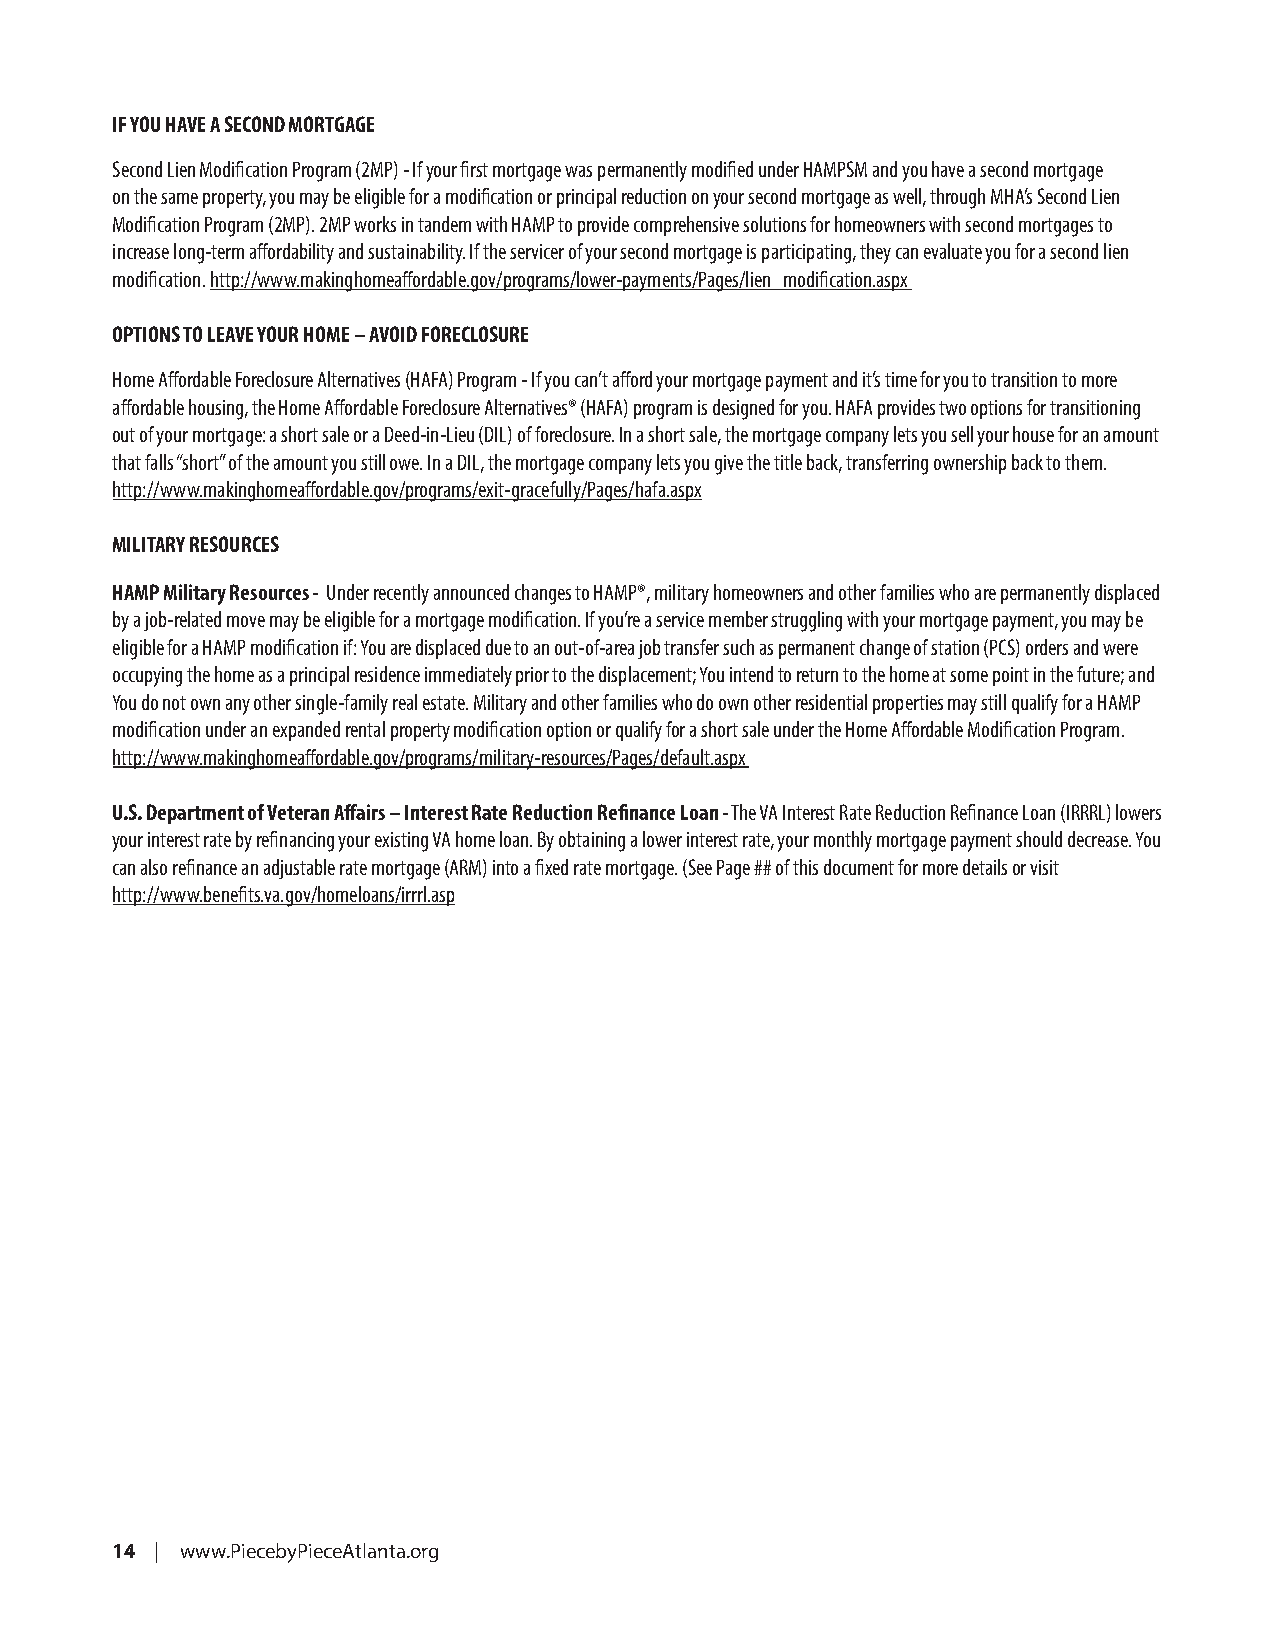
IF YOU HAVE A SECOND MORTGAGE
 Second Lien Modification Program (2MP) - If your first mortgage was permanently modified under HAMPSM and you have a second mortgage
 on the same property, you may be eligible for a modification or principal reduction on your second mortgage as well, through MHA’s Second Lien
 Modification Program (2MP). 2MP works in tandem with HAMP to provide comprehensive solutions for homeowners with second mortgages to
 increase long-term affordability and sustainability. If the servicer of your second mortgage is participating, they can evaluate you for a second lien
 modification. http://www.makinghomeaffordable.gov/programs/lower-payments/Pages/lien_modification.aspx
 OPTIONS TO LEAVE YOUR HOME – AVOID FORECLOSURE
 Home Affordable Foreclosure Alternatives (HAFA) Program - If you can’t afford your mortgage payment and it’s time for you to transition to more
 affordable housing, the Home Affordable Foreclosure Alternatives® (HAFA) program is designed for you. HAFA provides two options for transitioning
 out of your mortgage: a short sale or a Deed-in-Lieu (DIL) of foreclosure. In a short sale, the mortgage company lets you sell your house for an amount
 that falls “short” of the amount you still owe. In a DIL, the mortgage company lets you give the title back, transferring ownership back to them.
 http://www.makinghomeaffordable.gov/programs/exit-gracefully/Pages/hafa.aspx
 MILITARY RESOURCES
 HAMP Military Resources - Under recently announced changes to HAMP®, military homeowners and other families who are permanently displaced
 by a job-related move may be eligible for a mortgage modification. If you’re a service member struggling with your mortgage payment, you may be
 eligible for a HAMP modification if: You are displaced due to an out-of-area job transfer such as permanent change of station (PCS) orders and were
 occupying the home as a principal residence immediately prior to the displacement; You intend to return to the home at some point in the future; and
 You do not own any other single-family real estate. Military and other families who do own other residential properties may still qualify for a HAMP
 modification under an expanded rental property modification option or qualify for a short sale under the Home Affordable Modification Program.
 http://www.makinghomeaffordable.gov/programs/military-resources/Pages/default.aspx
 U.S. Department of Veteran Affairs – Interest Rate Reduction Refinance Loan - The VA Interest Rate Reduction Refinance Loan (IRRRL) lowers
 your interest rate by refinancing your existing VA home loan. By obtaining a lower interest rate, your monthly mortgage payment should decrease. You
 can also refinance an adjustable rate mortgage (ARM) into a fixed rate mortgage. (See Page ## of this document for more details or visit
 http://www.benefits.va.gov/homeloans/irrrl.asp
 14 | www.PiecebyPieceAtlanta.org